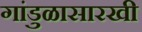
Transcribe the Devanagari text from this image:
गांडुळासारखी